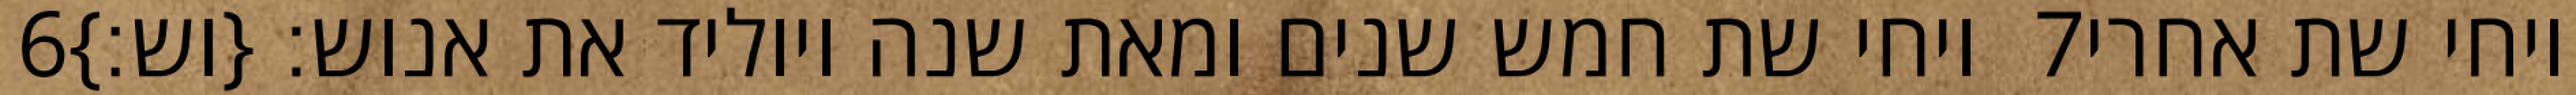
‎6‏ ויחי שת חמש שנים ומאת שנה ויוליד את אנוש׃ {וש׃} ‎7‏ ויחי שת אחרי